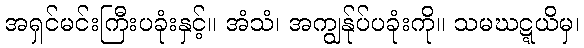
အရှင်မင်းကြီးပခုံးနှင့်။ အံသံ၊ အကျွန်ုပ်ပခုံးကို။ သမဃဋ္ဋယိမှ၊